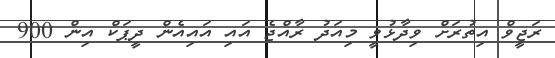
ރަޖީވް އިތުރަށް ވިދާޅުވީ މިއަދު ރާއްޖެ އައި އައިއެން ދީޕަކް އިން 900